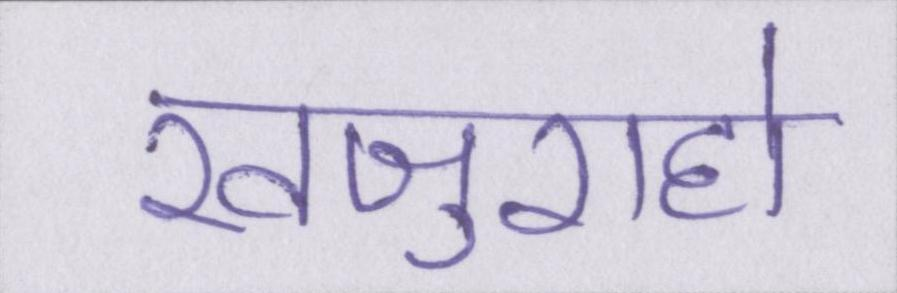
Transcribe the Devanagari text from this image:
खजुराहो